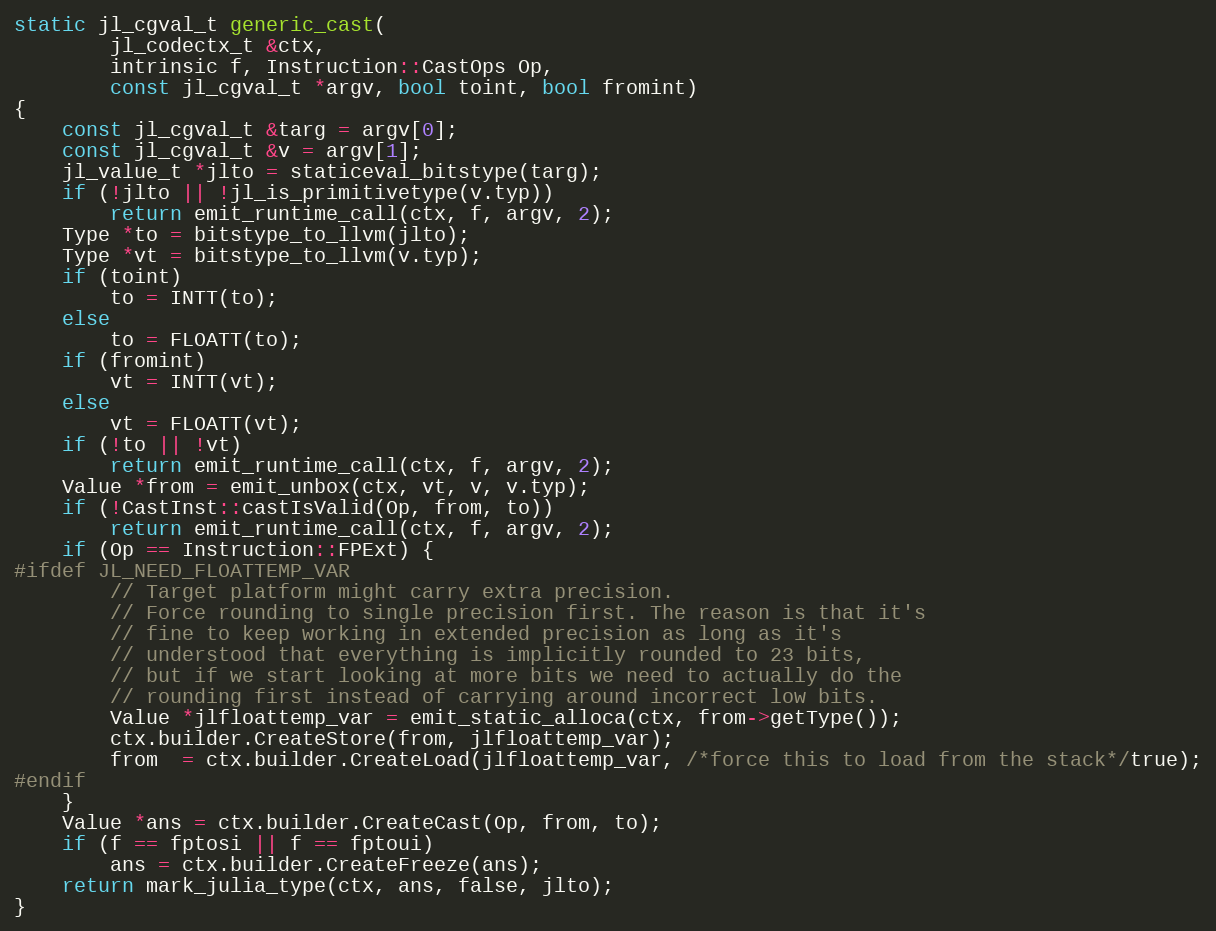
Language: C++
static jl_cgval_t generic_cast(
        jl_codectx_t &ctx,
        intrinsic f, Instruction::CastOps Op,
        const jl_cgval_t *argv, bool toint, bool fromint)
{
    const jl_cgval_t &targ = argv[0];
    const jl_cgval_t &v = argv[1];
    jl_value_t *jlto = staticeval_bitstype(targ);
    if (!jlto || !jl_is_primitivetype(v.typ))
        return emit_runtime_call(ctx, f, argv, 2);
    Type *to = bitstype_to_llvm(jlto);
    Type *vt = bitstype_to_llvm(v.typ);
    if (toint)
        to = INTT(to);
    else
        to = FLOATT(to);
    if (fromint)
        vt = INTT(vt);
    else
        vt = FLOATT(vt);
    if (!to || !vt)
        return emit_runtime_call(ctx, f, argv, 2);
    Value *from = emit_unbox(ctx, vt, v, v.typ);
    if (!CastInst::castIsValid(Op, from, to))
        return emit_runtime_call(ctx, f, argv, 2);
    if (Op == Instruction::FPExt) {
#ifdef JL_NEED_FLOATTEMP_VAR
        // Target platform might carry extra precision.
        // Force rounding to single precision first. The reason is that it's
        // fine to keep working in extended precision as long as it's
        // understood that everything is implicitly rounded to 23 bits,
        // but if we start looking at more bits we need to actually do the
        // rounding first instead of carrying around incorrect low bits.
        Value *jlfloattemp_var = emit_static_alloca(ctx, from->getType());
        ctx.builder.CreateStore(from, jlfloattemp_var);
        from  = ctx.builder.CreateLoad(jlfloattemp_var, /*force this to load from the stack*/true);
#endif
    }
    Value *ans = ctx.builder.CreateCast(Op, from, to);
    if (f == fptosi || f == fptoui)
        ans = ctx.builder.CreateFreeze(ans);
    return mark_julia_type(ctx, ans, false, jlto);
}